Report of the veterinary officer investigating camel disease
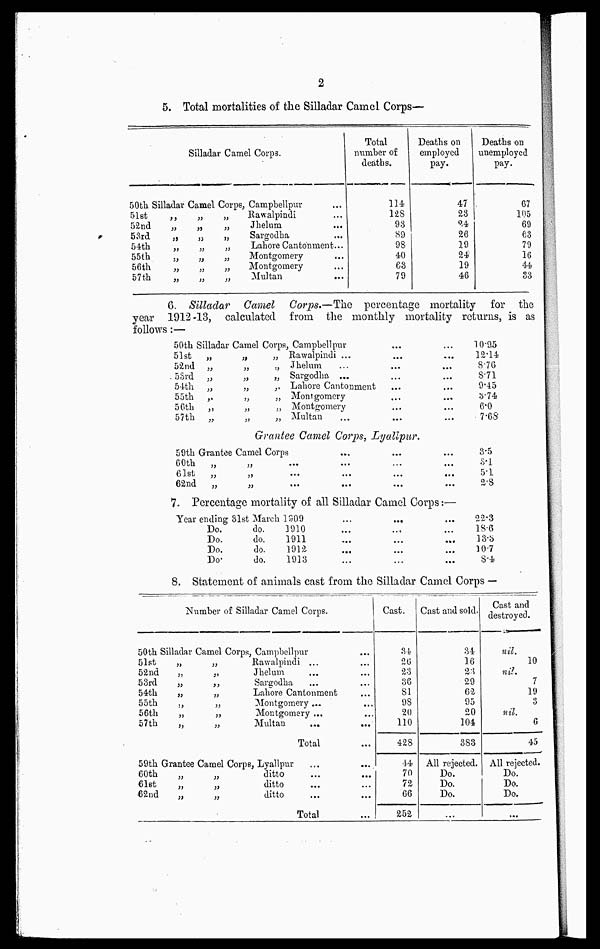
2
5. Total mortalities of the Silladar Camel Corps—
Silladar Camel Corps.
50 th
51st
52nd
53rd
54th
55th
56th
57th
Silladar
„
„
„
„
„
„
„
Camel
„
„
„
„
„
„
„
Corps,
„
„
„
„
„
„
„
Campbellpur
Rawalpindi
Jhelum
...
Sargodha
Lahore Cantonment...
Montgomery
Montgomery
Multan
Total
number of
deaths.
114
128
93
S9
98
40
68
79
Deaths on
employed
pay.
47
23
24
26
19
24
19
46
Deaths on
unemployed
pay.
67
105
69
63
79
16
44
33
6. Silladar Camel Corps.—The percentage mortality for the
year 1912-13, calculated from the monthly mortality returns, is as
follows:—
50th Silladar Camel
51st
„
52nd „
53rd
„
54th
„
55th
„
56th
„
57th
„
„
„
„
„
„
„
„
Corps, Camphellpur
„ Rawalpindi ...
„ Jhelum
„ Sargodha ...
„ Lahore Cantonment
„ Montgomery
„ Montgomery
„ Multan
10.95
12.14
8.76
8.71
9.45
3.74
6.0
7.68
Grantee Camel Corps, Lyallpur.
59th Grantee
60th
„
61st „
62nd
„
Camel
„
„
„
Corps
...
...
...
....
...
...
...
...
...
...
...
...
355
8.l
5.1
2.8
7. Percentage mortality of all Silladar Camel Corps:—
Year ending
Do.
Do.
Do.
Do
31st March
do.
do.
do.
do.
1309......
1910......
1911......
1912......
1913......
22.3
18.6
13.3
10.7
8.4
8. Statement of animals cast from the Silladar Camel Corps —
Number of Silladar Camel Corps.
50th
51st
52nd
53rd
54th
55th
56th
57th
59th
60th
61st
62nd
Silladar
„
„
„
„
„
„
„
Grantee
„
„
„
Camel Corps,
„
„
„
„
„
„
„
Camel Corps,
„
„
„
Campbellpur
Rawalpindi ...
Jhelum
Sargodha
Lahore Cantonment
Montgomery...
Montgomery ...
Multan
...
...
Total
Lyallpur
ditto
ditto
ditto
Total ...
Cast.
34
26
23
36
81
98
20
110
428
44
70
72
66
252
Cast and sold.
34
16
2.3
29
62
95
20
104
383
All rejected.
Do.
Do.
Do.
...
Cast and
destroyed.
nil.
10
nil.
7
19
3
nil.
6
45
All rejected.
Do.
Do.
Do.
...